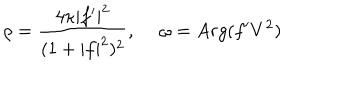
\rho = { \frac { 4 \kappa | f ^ { \prime } | ^ { 2 } } { ( 1 + | f | ^ { 2 } ) ^ { 2 } } } , { } ~ ~ \omega = A r g ( f ^ { \prime } V ^ { 2 } )